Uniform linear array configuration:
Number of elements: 12
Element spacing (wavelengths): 0.25
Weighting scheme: hann
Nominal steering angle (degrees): -15
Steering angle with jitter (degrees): -15.722
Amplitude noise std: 0.05
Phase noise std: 0.05

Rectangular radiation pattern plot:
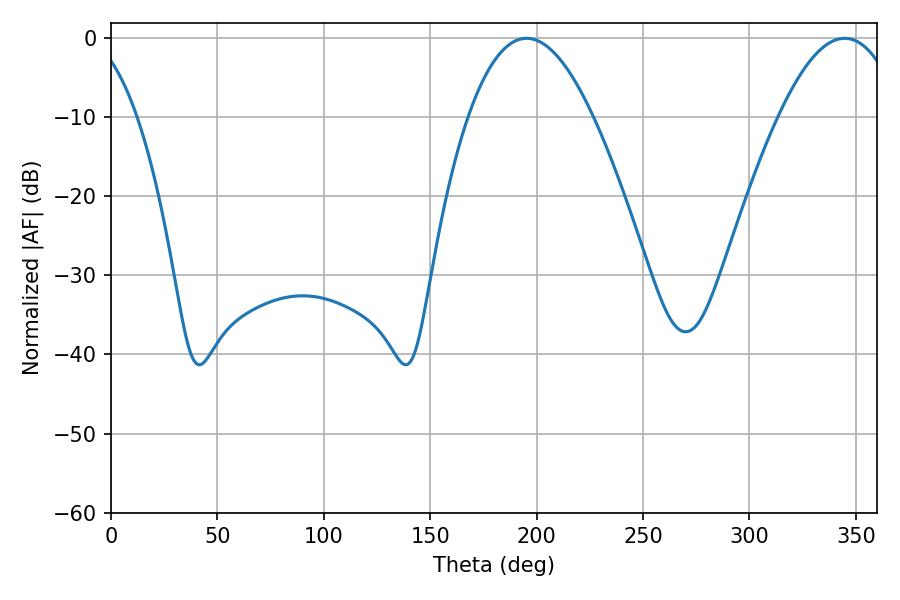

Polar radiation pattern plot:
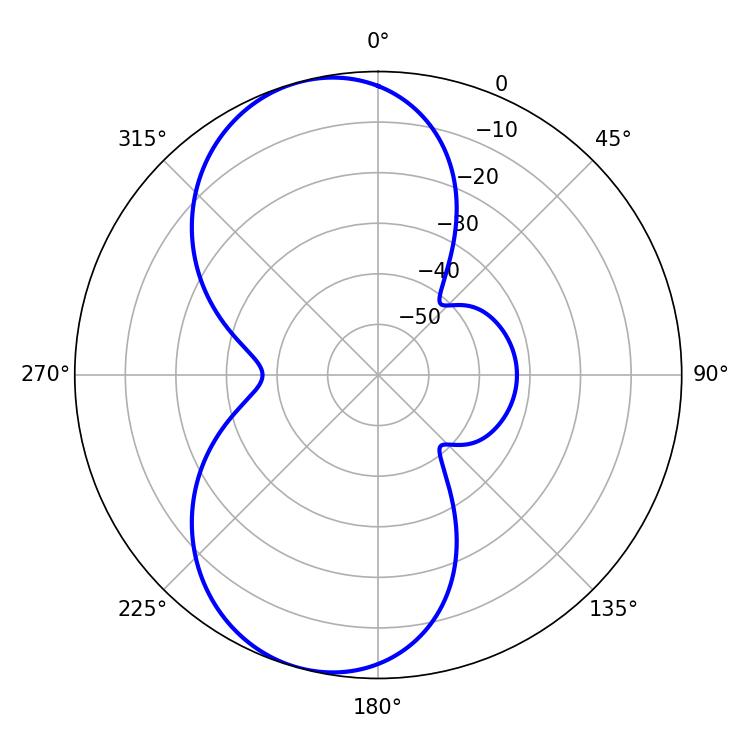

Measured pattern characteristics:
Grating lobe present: FALSE
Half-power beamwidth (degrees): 32.04
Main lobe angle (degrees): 195.3